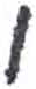
אות: ן